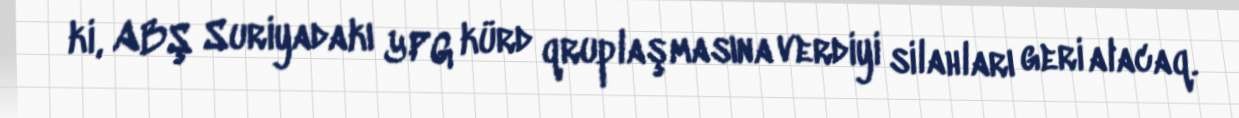
ki, ABŞ Suriyadakı YPG kürd qruplaşmasına verdiyi silahları geri alacaq.